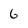
Character: 6